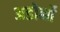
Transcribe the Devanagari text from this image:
अडोर्नो